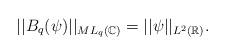
LaTeX: \begin{align*}||B_q(\psi)||_{ML_q(\mathbb{C})}=||\psi||_{L^2(\mathbb{R})}.\end{align*}